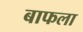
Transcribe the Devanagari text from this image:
बाफला